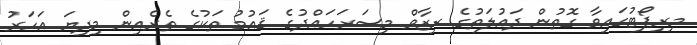
މިރިޕޯޓުގައިވާ ގޮތުން ދައުލަތުގެ ރިޒާވް މިސަރަހައްދުގެ ޤައުމު ތަކުގެ ތެރެއިން މިދިޔަ އަހަރު